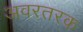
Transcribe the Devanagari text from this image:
अवरतरक